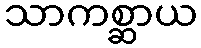
သာကစ္ဆာယ